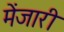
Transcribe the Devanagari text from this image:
मेंजारी